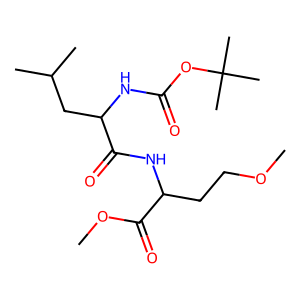
SMILES: COCCC(NC(=O)C(CC(C)C)NC(=O)OC(C)(C)C)C(=O)OC
Inhibits HIV replication: No